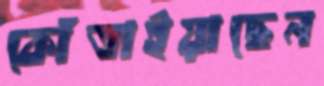
কোঁতাইয়াছেন